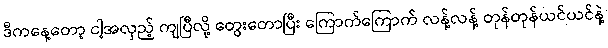
ဒီကနေ့တော့ ငါ့အလှည့် ကျပြီလို့ တွေးတောပြီး ကြောက်ကြောက် လန့်လန့် တုန်တုန်ယင်ယင်နဲ့